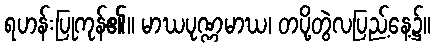
ရဟန်းပြုကုန်၏။ မာဃပုဏ္ဏမာဃ၊ တပို့တွဲလပြည့်နေ့၌။